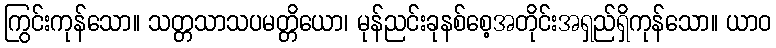
ကြွင်းကုန်သော။ သတ္တသာသပမတ္တိယော၊ မုန်ညင်းခုနစ်စေ့အတိုင်းအရှည်ရှိကုန်သော။ ယာဝ